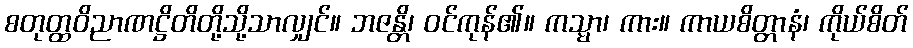
စတုတ္ထဝိညာဏဋ္ဌိတိတို့သို့သာလျှင်။ ဘဇန္တိ၊ ဝင်ကုန်၏။ ကသ္မာ၊ ကား။ ကာယစိတ္တာနံ၊ ကိုယ်စိတ်